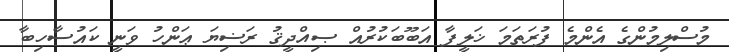
މުސްލިމުންގެ އެންމެ ފުރަތަމަ ޚަލީފާ އަބޫބަކުރުއް ޞިއްދީޤު ރަޟިޔަ ޢަންހު ވަނީ ކައުސާހިބާ